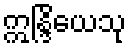
ဣန္ဒြိယေသု